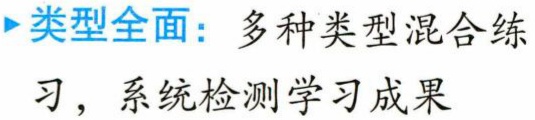
类型全面：多种类型混合练习，系统检测学习成果